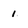
Character: 1